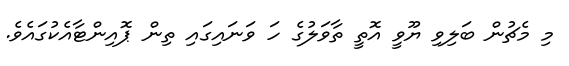
މި މެޗުން ބަލިވި ޔޫވީ އޮތީ ތާވަލުގެ ހަ ވަނައިގައި ތިން ޕޮއިންޓާއެކުގައެވެ.